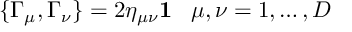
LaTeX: \{ \Gamma _ { \mu } , \Gamma _ { \nu } \} = 2 \eta _ { \mu \nu } { \bf 1 } \; \; \; \mu , \nu = 1 , \ldots , D